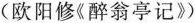
(欧阳修《醉翁亭记》)